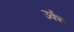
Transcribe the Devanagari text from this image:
उर्केल